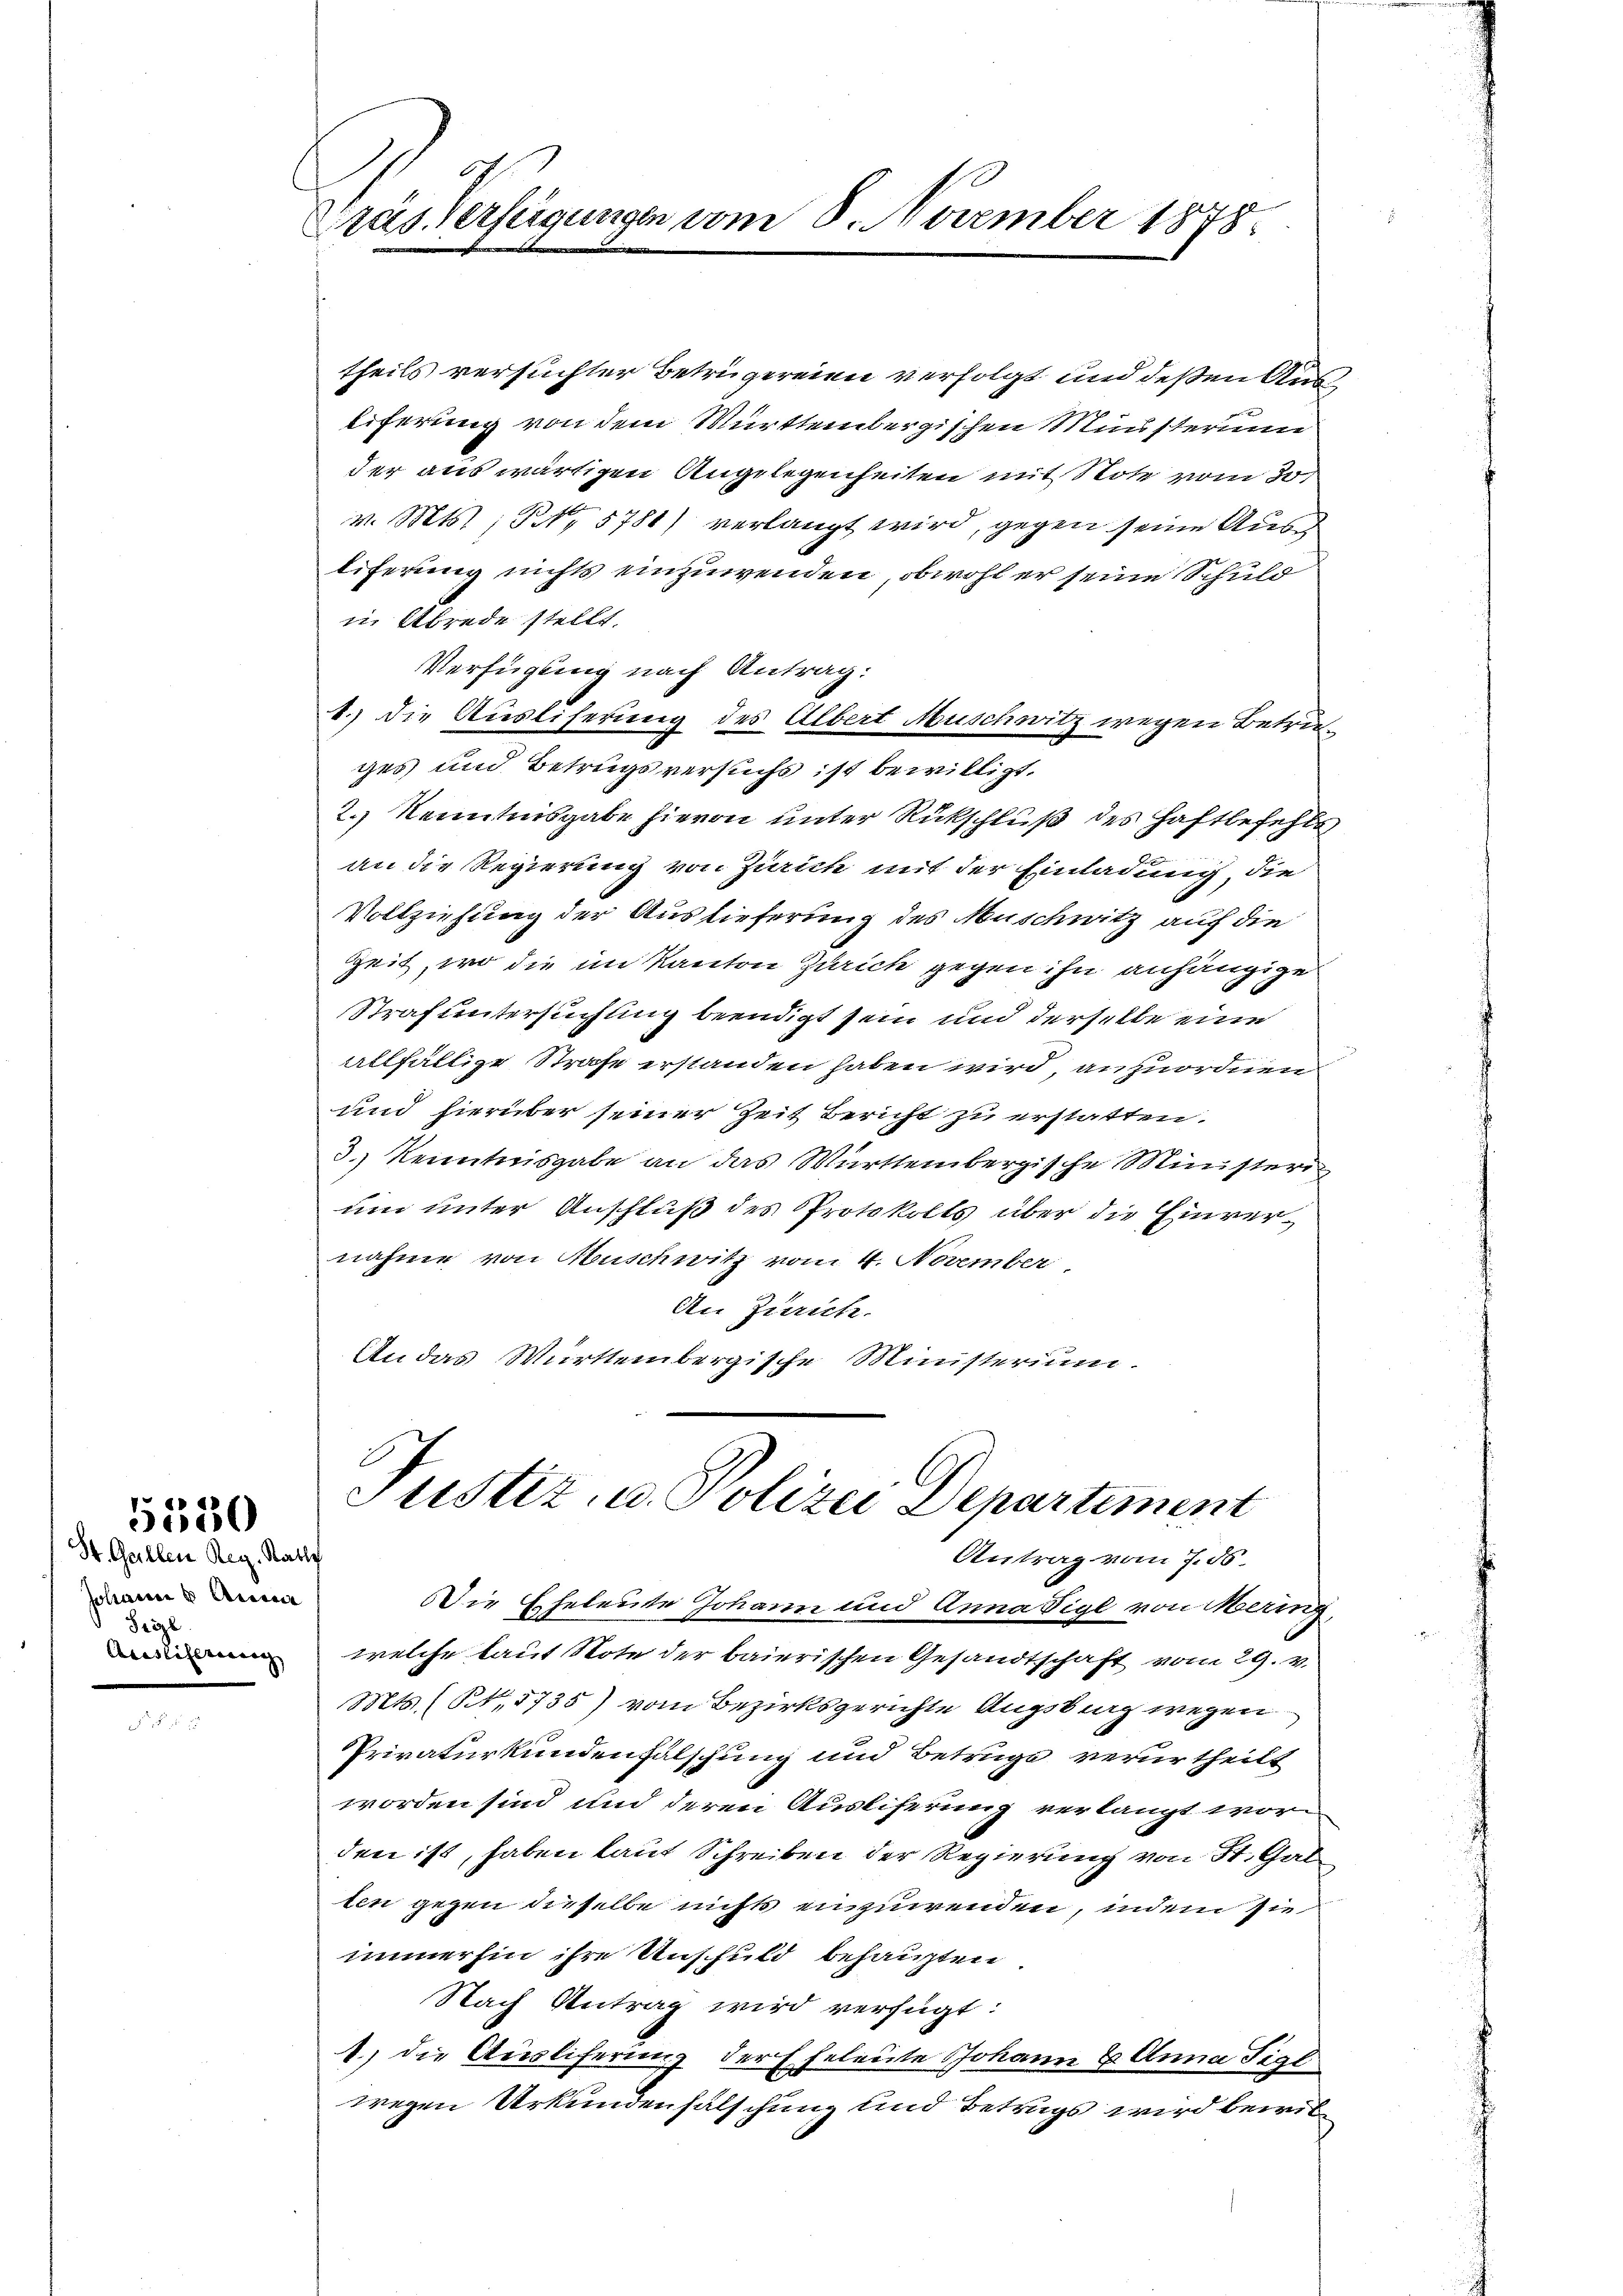
St. Gallen Reg. Raths
Johann u Anna
Seizl

5550

Pras Verfügungen vom 8. November 1878.

theils versuchter Betrügereien verfolgt und deßen Ausliferung von dem Württembergischen Münsterum
der auswärtigen Angelegenheiten mit Note vom 30.
v. Mts., NNo. 5781) verlangt wird, gegen seine Aus
liferung nichts einzuwenden, obwohl er seine Schuld
in Abrede stellt.
Verfügung nach Antrag:
1.) Die Ausliserung des Albert Muschwitz wegen Betruges und Betrugsversuchs ist bewilligt.
2.) Kenntnisgabe hievon unter Rückschluß des Haftbefehls
an die Regierung von Zürich mit der Einladung, die
Vollziehung der Auslieferung des Muschwitz auf die
Zeit, wo die im Kanton Zürich gegen ihn anhängige
Strafuntersuchung beendigt sein und derselbe eine
allfällige Strafe erstanden haben wird, anzuordnen
und hierüber seiner Zeit Bericht zu erstatten.
3.) Kenntnisgabe an das Württembergische Ministeri
um unter Anschluß des Protokolls über die Einvernahme von Muschwitz vom 4. November
An Zürich.
An das Württembergische Ministerium.

Justiz- u. Polizei Departement
Antrag vom 7. 56.

Die Eheleute Johann und Anna Sigl von Mering,
 welche laut Note der baierischen Gesandtschaft vom 29. v.
Mts. (§1,1735) vom Bezirksgerichte Augsburg wegen
Privaturkundenfalschung und Betrüge verurtheilt
worden sind und deren Ausliferung verlangt worden ist, haben laut Schreiben der Regierung von St. Gal
ten gegen dieselbe nichts anzuwenden, indem sie
immerhin ihre Unschuld behaupten
Nach Antrag wird verfügt:
1) die Ausliferung der Eheleute Johann u. Anna Figl
wegen Urkundenfalschung und Betrugs wird bewil¬